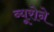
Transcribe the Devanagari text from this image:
ब्यूरोने